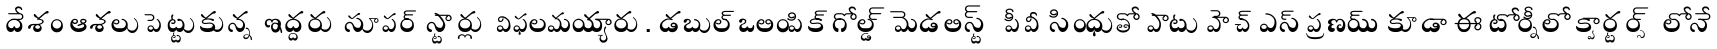
దేశం ఆశలు పెట్టుకున్న ఇద్దరు సూపర్ స్టార్లు విఫలమయ్యారు. డబుల్ ఒలింపిక్ గోల్డ్ మెడలిస్ట్ పీవీ సింధుతో పాటు హెచ్ ఎస్ ప్రణయ్ కూడా ఈ టోర్నీలో క్వార్టర్స్ లోనే